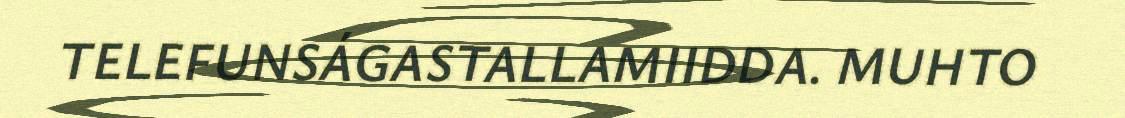
TELEFUNSÁGASTALLAMIIDDA. MUHTO